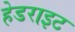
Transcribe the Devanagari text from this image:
हेडराइट